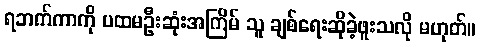
ရဘက်ကာကို ပထမဦးဆုံးအကြိမ် သူ ချစ်ရေးဆိုခဲ့ဖူးသလို မဟုတ်။